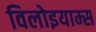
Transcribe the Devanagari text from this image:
विलोइयाम्स